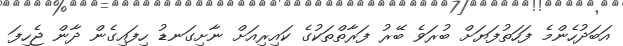
އަބަދުހެންމެ ފަހަތުފަޔަށް ބުރަވެ ބޭރު ފަރާތްތަކުގެ ކައިރިއަށް ނާށިގަނޑު ހިފައިގެން ދާން ޖެހިފަ